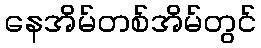
နေအိမ်တစ်အိမ်တွင်